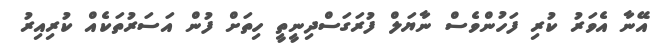
އޭނާ އެވަރު ކުރި ފަހުންވެސް ނާޔަލް ފުރަގަސްދިނީތީ ހިތަށް ފުން އަސަރުތަކެއް ކުރިއިރު